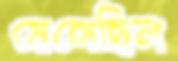
মেঙ্গেছিল